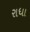
રાધા